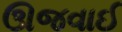
ઊજવાઈ